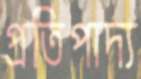
প্রতিপাদ্য